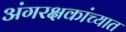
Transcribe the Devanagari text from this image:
अंगरक्षकांच्यात